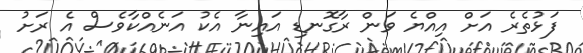
ފަޅުތެރެ އަށް އިއްޔެ ވަން ރާގޮނޑި އައިނާ އެކު އަނެއްކާވެސް އެ ރަށު